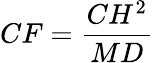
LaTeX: CF={\frac{CH^{2}}{MD}}